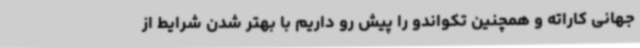
جهانی کاراته و همچنین تکواندو را پیش رو داریم با بهتر شدن شرایط از